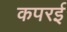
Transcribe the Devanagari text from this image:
कपरई